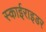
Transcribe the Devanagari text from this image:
स्काईराइडर